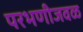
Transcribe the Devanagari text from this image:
परभणीजवळ